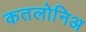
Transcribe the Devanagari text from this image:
कतलोनिअ